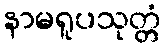
နာမရူပသုတ္တံ